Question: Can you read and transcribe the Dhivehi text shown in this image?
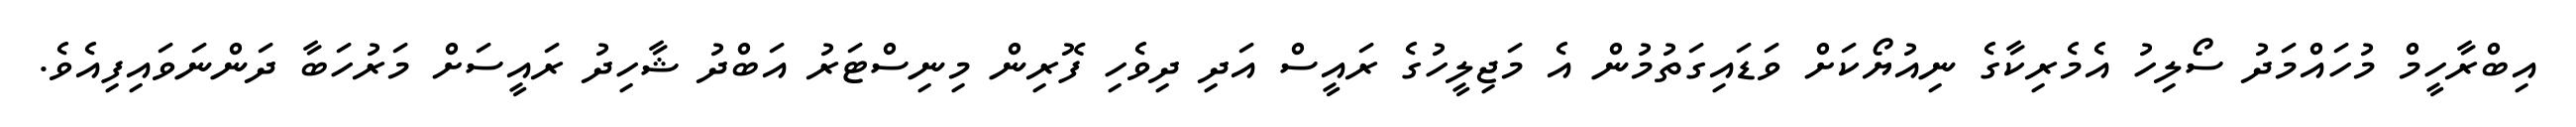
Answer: އިބްރާހީމް މުހައްމަދު ސޯލިހު އެމެރިކާގެ ނިއުޔޯކަށް ވަޑައިގަތުމުން އެ މަޖިލީހުގެ ރައީސް އަދި ދިވެހި ފޮރިން މިނިސްޓަރު އަބްދު ޝާހިދު ރައީސަށް މަރުހަބާ ދަންނަވައިފިއެވެ.